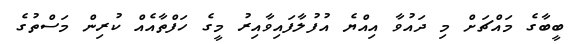
ބީބާގެ މައްޗަށް މި ދައުވާ އިއްޔެ އުފުލާފައިވާއިރު މީގެ ހަފްތާއެއް ކުރިން މަސްތުގެ